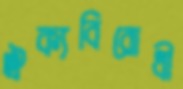
ঐক্যবিরোধী